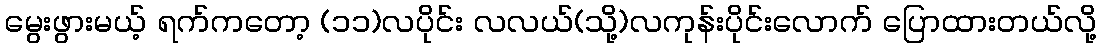
မွေးဖွားမယ့် ရက်ကတော့ (၁၁)လပိုင်း လလယ်(သို့)လကုန်းပိုင်းလောက် ပြောထားတယ်လို့